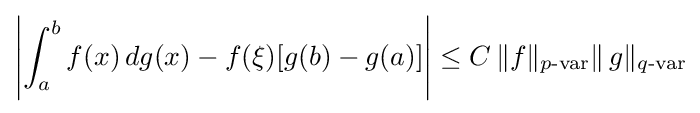
\left|\int _{a}^{b}f(x)\,dg(x)-f(\xi )[g(b)-g(a)]\right|\leq C\,\|f\|_{p{\text{-var}}}\|\,g\|_{q{\text{-var}}}